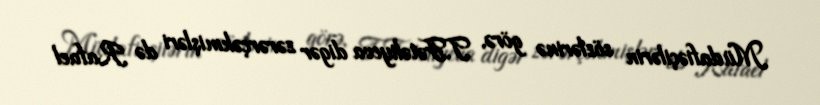
Müdafiəçilərin sözlərinə görə, T.Fətəliyeva digər zərərçəkmişləri də Rafael